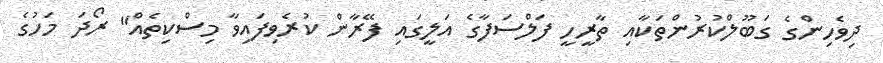
ދިވެހިންގެ ގަބޫލްކުރުންތަކާއި ތާރީހީ ފަލްސަފާގެ އަލީގައި ފޭރާން ކުރެވިފައިވާ މިސްކިތެއް" ރޯދަ މަހުގެ